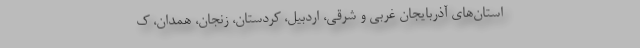
استان‌های آذربایجان غربی و شرقی، اردبیل، کردستان، زنجان، همدان، ک